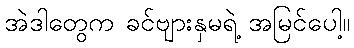
အဲဒါတွေက ခင်ဗျားနှမရဲ့ အမြင်ပေါ့။